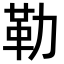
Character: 勒